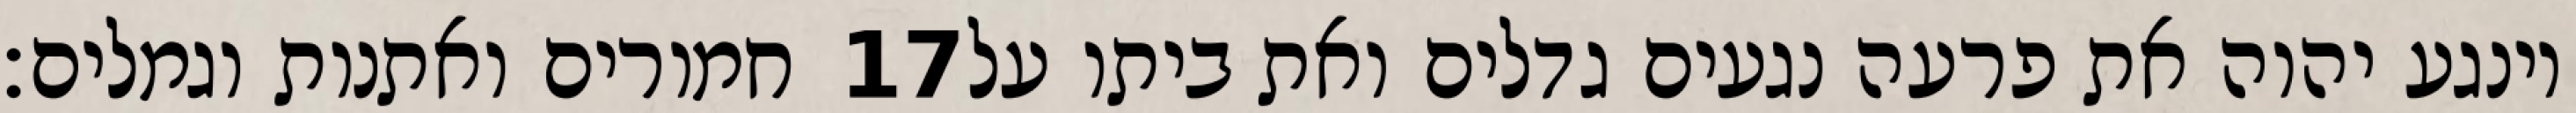
חמורים ואתנות וגמלים׃ ‎17‏ וינגע יהוה את פרעה נגעים גדלים ואת ביתו על